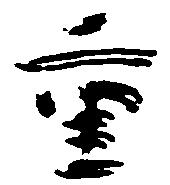
重